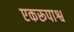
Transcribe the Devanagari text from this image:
एकरूपाश्व